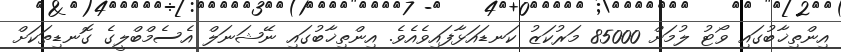
އިންތިޚާބުގައި ވޯޓު ލުމަށް 85000 މަރުކަޒު ކަނޑައަޅާފައިވެއެވެ. އިންތިޚާބުގައި ނޭޝަނަލް އެސެމްބްލީގެ ގޮނޑިތަކަށް